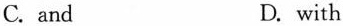
C. and D. with